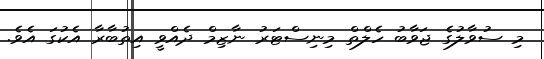
މި ސުވާލުގެ ޖަވާބު ހެލްތް މިނިސްޓަރު ނާޒިމް ދެއްވީ އިތުބާރާ އެކުގަ އެވެ.